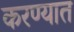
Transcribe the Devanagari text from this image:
करण्यात